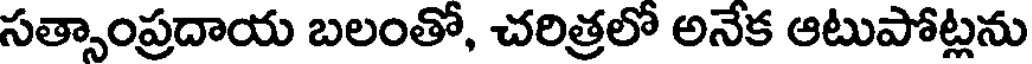
సత్సాంప్రదాయ బలంతో, చరిత్రలో అనేక ఆటుపోట్లను